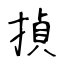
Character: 揁